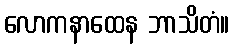
လောကနာထေန ဘာသိတံ။